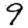
Digit: 9